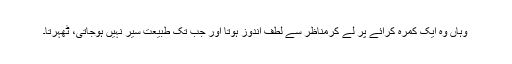
وہاں وہ ایک کمرہ کرائے پر لے کرمناظر سے لطف اندوز ہوتا اور جب تک طبیعت سیر نہیں ہوجاتی، ٹھہرتا۔